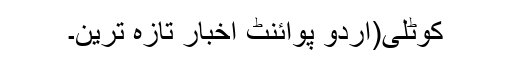
کوٹلی(اُردو پوائنٹ اخبار تازہ ترین۔